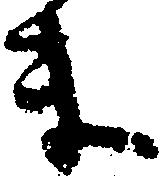
ま